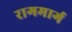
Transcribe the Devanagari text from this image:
रागमार्ग